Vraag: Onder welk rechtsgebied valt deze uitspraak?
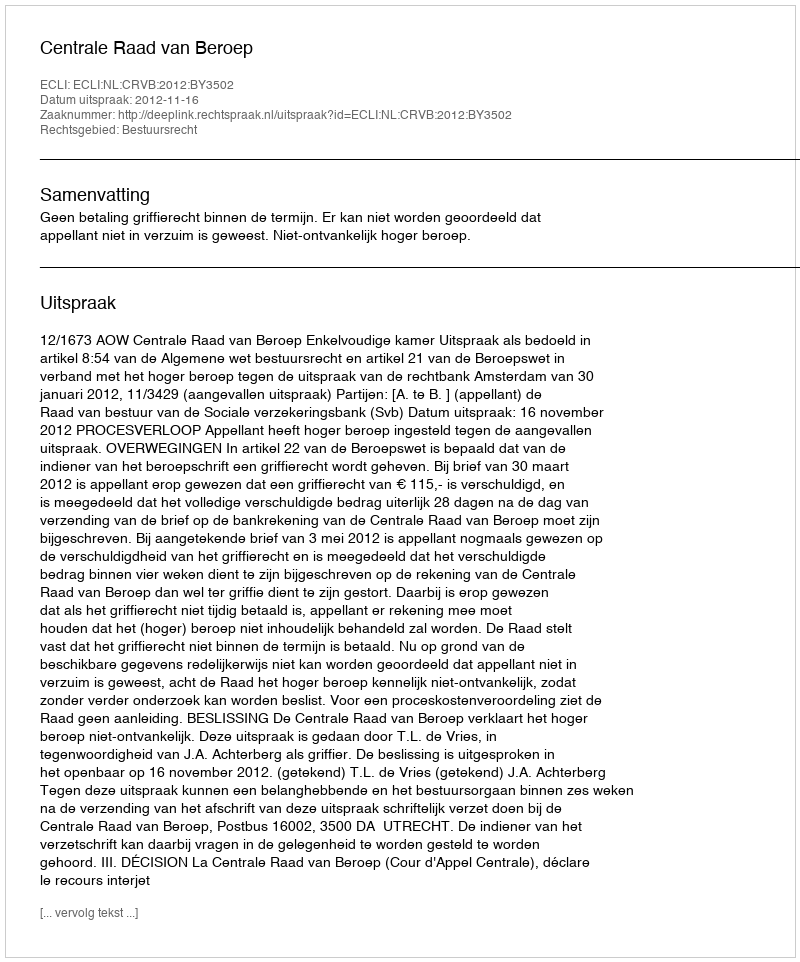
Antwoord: Bestuursrecht